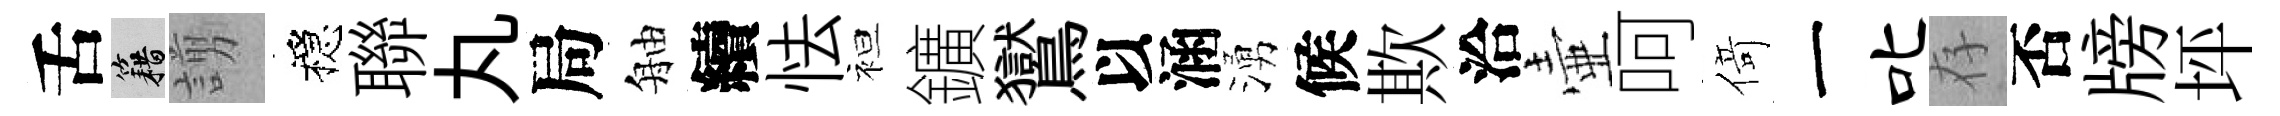
舌籍謭穩聯丸局舳續怯袒鑛鸑以涵湧候欺洽壷呵𠋣一叱存否牓坪